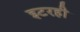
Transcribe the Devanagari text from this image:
इटरही